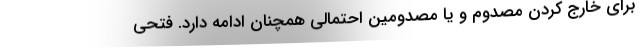
برای خارج کردن مصدوم و یا مصدومین احتمالی همچنان ادامه دارد. فتحی